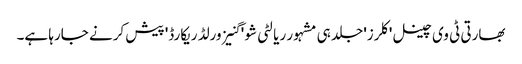
بھارتی ٹی وی چینل 'کلرز' جلد ہی مشہور ریالٹی شو ' گنیز ورلڈ ریکارڈ' پیش کرنے جارہا ہے۔